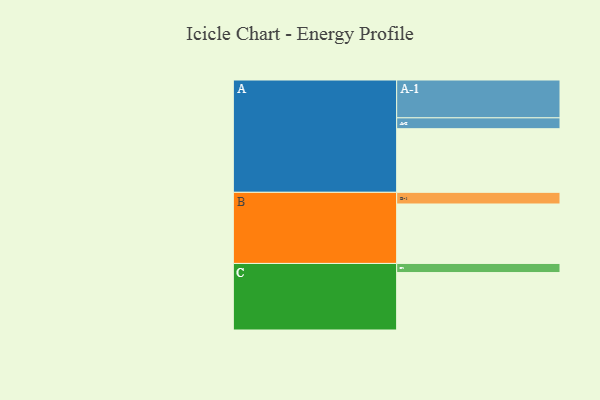
{"axis": {"x": "Segment", "y": "Value"}, "legend": ["", "A", "B", "C"], "data": [{"x": "A", "y": 474, "type": ""}, {"x": "B", "y": 443, "type": ""}, {"x": "C", "y": 428, "type": ""}, {"x": "A-1", "y": 282, "type": "A"}, {"x": "A-2", "y": 81, "type": "A"}, {"x": "B-1", "y": 87, "type": "B"}, {"x": "C-1", "y": 68, "type": "C"}]}